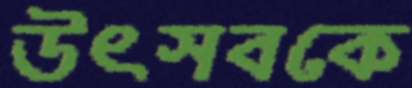
উৎসবকে